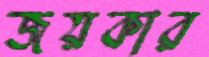
জয়কার